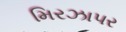
મિરઝાપર